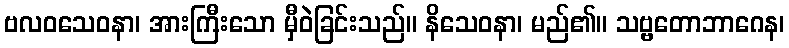
ဗလဝသေဝနာ၊ အားကြီးသော မှီဝဲခြင်းသည်။ နိသေဝနာ၊ မည်၏။ သဗ္ဗတောဘာဂေန၊